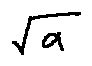
\sqrt { a }